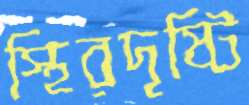
স্থিরদৃষ্টি